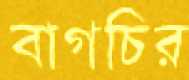
বাগচির